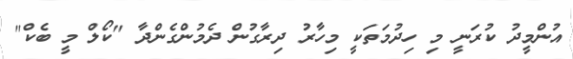
އުންމީދު ކުރަނީ މި ހިދުމަތަކީ މިހާރު ދިރާގުން ދެމުންގެންދާ "ކޯލް މީ ބެކް"